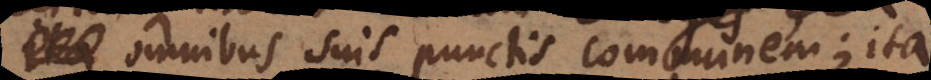
omnibus suis punctis communem; ita